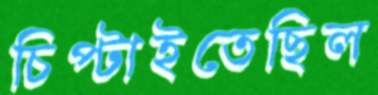
চিপ্‌টাইতেছিল